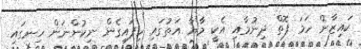
ކައިޒާން ހަމަ ފޮތް ދިނުމާއި އެކީ މާޔާ އަތުގައި ހިފައިގެން ނިކުންނަން ހިނގައި